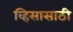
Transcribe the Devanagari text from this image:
व्हिसासाठी